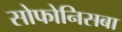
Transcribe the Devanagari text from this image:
सोफोनिसबा